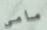
مامي